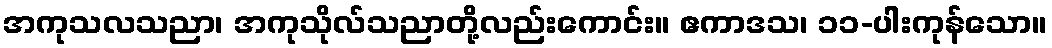
အကုသလသညာ၊ အကုသိုလ်သညာတို့လည်းကောင်း။ ဧကာဒသ၊ ၁၁-ပါးကုန်သော။